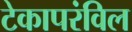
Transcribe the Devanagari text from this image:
टेकापरंविल